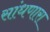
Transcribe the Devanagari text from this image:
सांधणारा